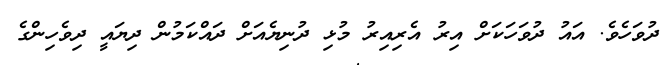
ދުވަހެވެ. އައު ދުވަހަކަށް އިރު އެރިއިރު މުޅި ދުނިޔެއަށް ދައްކަމުން ދިޔައީ ދިވެހިންގެ